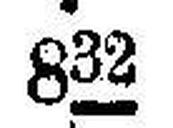
832